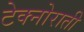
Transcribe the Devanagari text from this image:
टेक्नोराती